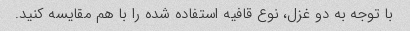
با توجه به دو غزل، نوع قافیه استفاده شده را با هم مقایسه کنید.